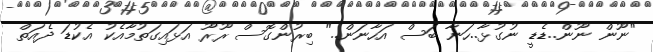
"ނޫން ނޫން..ޑެޑީ ނުގުޅާ..ހަނާ ބަސް އަހާނަން.." ބިރުންގޮސް ރޫރޫޫ އަޅައިގަތުމާއެކު އެކުޑަ ދެއަތް